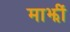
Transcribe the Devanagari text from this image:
माझीं